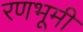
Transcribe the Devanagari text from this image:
रणभूमी